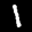
Label: 1